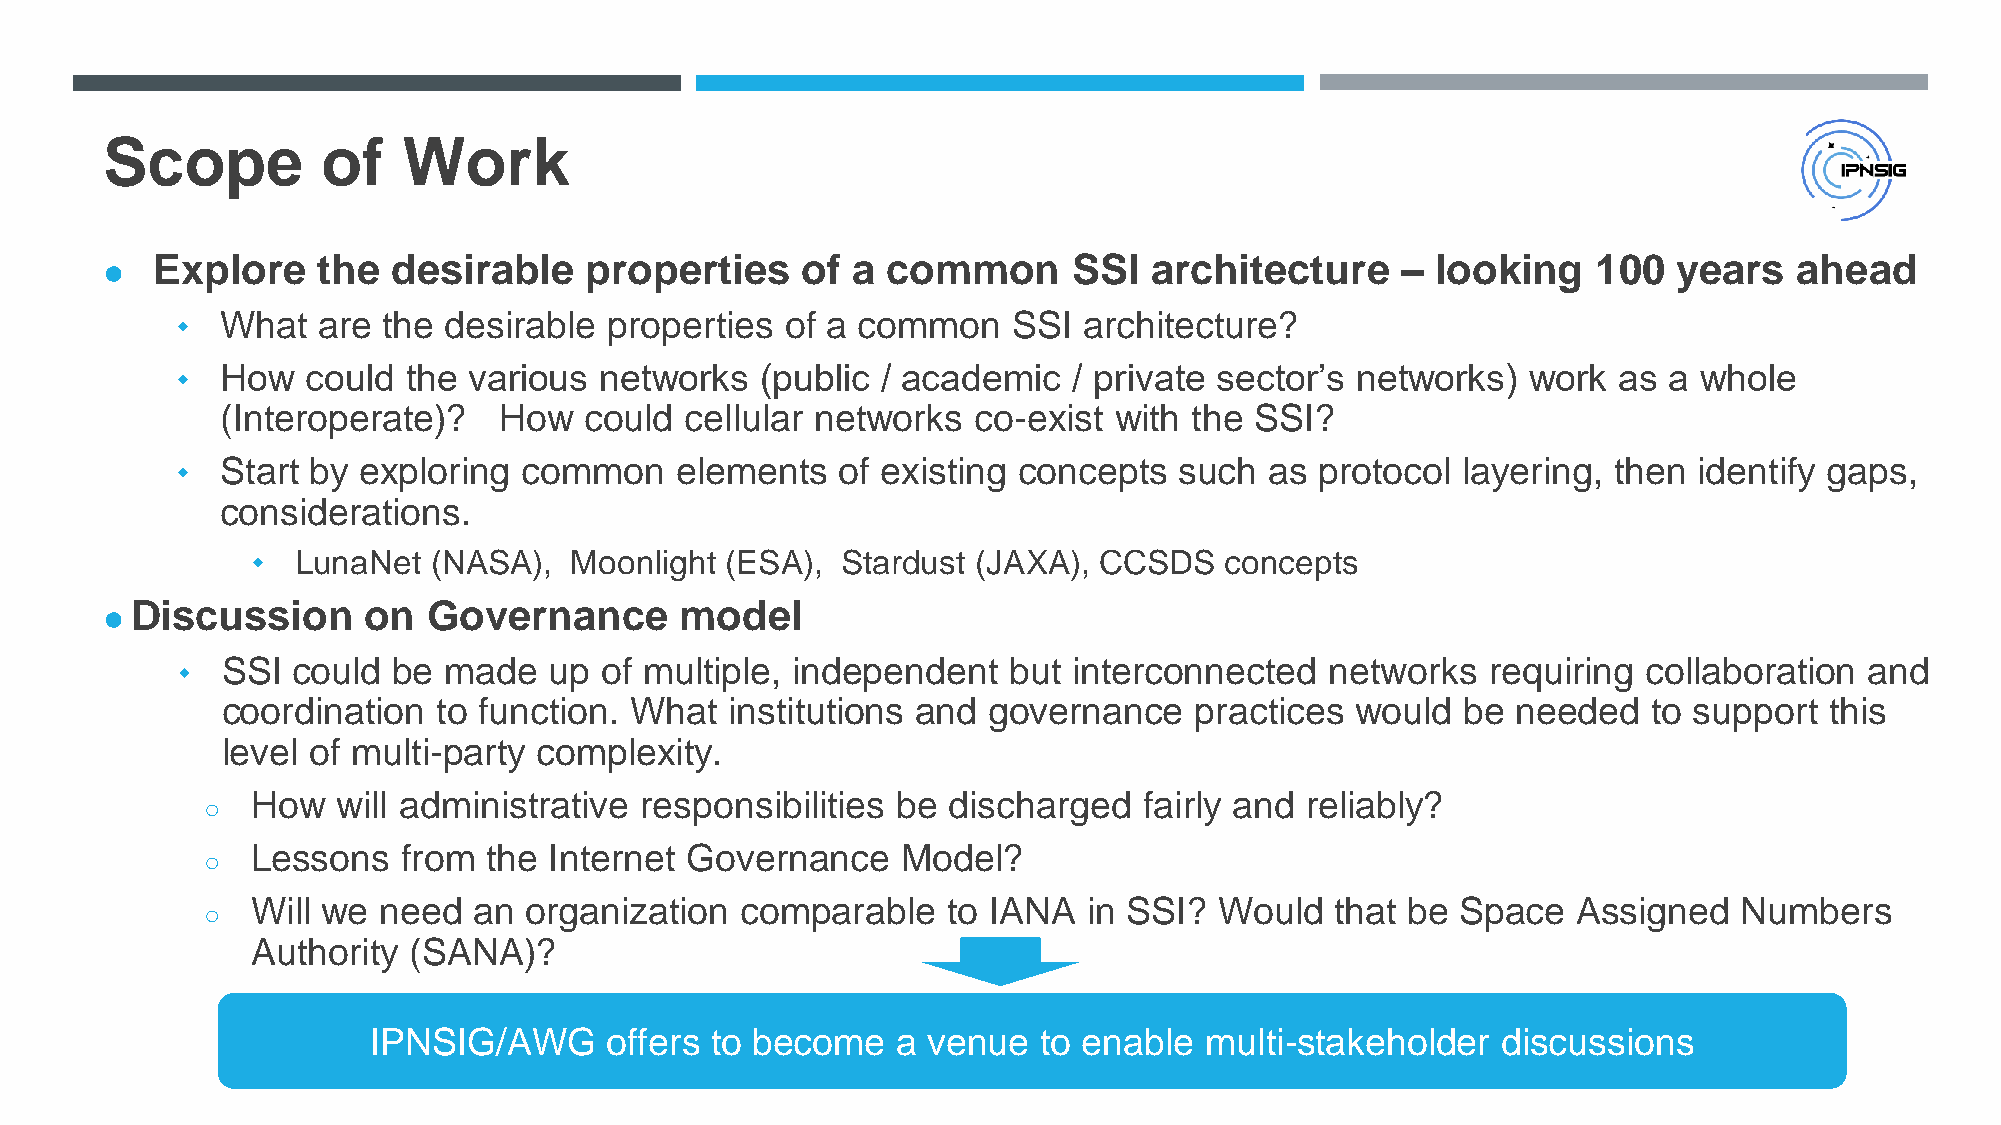
Scope         of    Work
 Explore    the  desirable    properties    of a  common      SSI  architecture     – looking    100  years   ahead
 ●
 ⬩  What  are the desirable  properties  of a common    SSI  architecture?
 ⬩  How  could  the various  networks  (public / academic   / private sector’s networks)  work  as a whole
 (Interoperate)?   How   could cellular networks  co-exist  with the SSI?
 ⬩  Start by exploring  common    elements   of existing concepts  such  as protocol  layering, then identify gaps,
 considerations.
 ⬩  LunaNet (NASA),   Moonlight (ESA),  Stardust (JAXA), CCSDS   concepts
 Discussion     on  Governance       model
 ●
 ⬩  SSI could  be made   up  of multiple, independent   but interconnected   networks   requiring collaboration  and
 coordination  to function. What  institutions and governance    practices  would  be needed   to support  this
 level of multi-party complexity.
 How  will administrative responsibilities be  discharged   fairly and reliably?
 ○
 Lessons   from the Internet Governance     Model?
 ○
 Will we need  an  organization  comparable    to IANA  in SSI?  Would  that be  Space  Assigned   Numbers
 ○
 Authority (SANA)?
 IPNSIG/AWG      offers to become   a venue   to enable  multi-stakeholder  discussions